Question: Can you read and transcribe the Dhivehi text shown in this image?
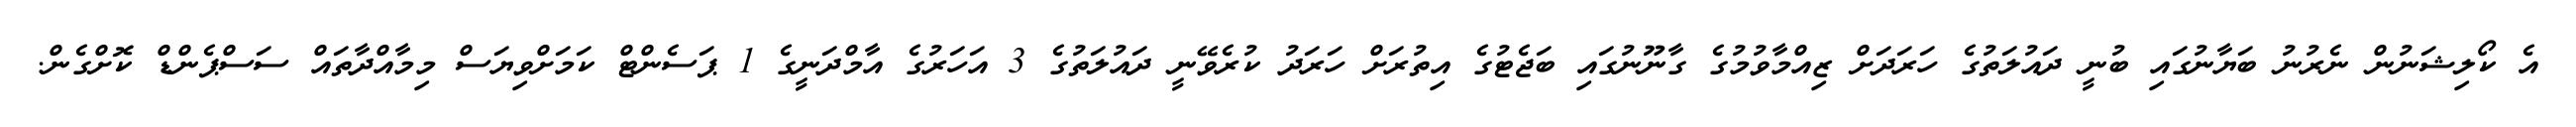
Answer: އެ ކޯލިޝަނުން ނެރުނު ބަޔާނުގައި ބުނީ ދައުލަތުގެ ހަރަދަށް ޒިއްމާވުމުގެ ގާނޫނުގައި ބަޖެޓުގެ އިތުރަށް ހަރަދު ކުރެވޭނީ ދައުލަތުގެ 3 އަހަރުގެ އާމްދަނީގެ 1 ޕަސެންޓް ކަމަށްވިޔަސް މިމާއްދާތައް ސަސްޕެންޑް ކޮށްގެން.